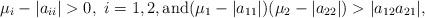
LaTeX: \begin{align*}\mu_i-|a_{ii}|>0, \ i=1,2, \mbox{and} (\mu_1-|a_{11}|)(\mu_2-|a_{22}|)>|a_{12}a_{21}|,\end{align*}